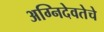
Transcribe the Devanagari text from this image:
अग्निदेवतेचे